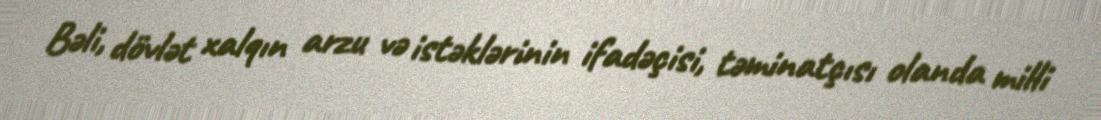
Bəli, dövlət xalqın arzu və istəklərinin ifadəçisi, təminatçısı olanda milli